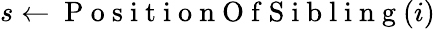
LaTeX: s\gets\mathrm{~P~o~s~i~t~i~o~n~O~f~S~i~b~l~i~n~g~}(i)